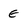
Character: e